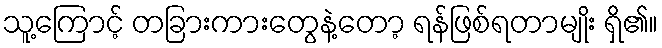
သူ့ကြောင့် တခြားကားတွေနဲ့တော့ ရန်ဖြစ်ရတာမျိုး ရှိ၏။